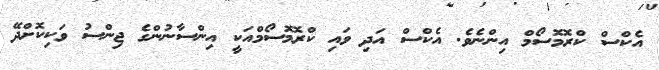
އެކްސް ކްރޮމޮސޯމް އިންނެވެ. އެކްސް އަދި ވައި ކްރޮމޮސޯމްއަކީ އިންސާނުންގެ ޖިންސު ވަކިކޮށްދޭ